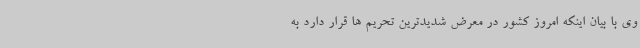
وی با بیان اینکه امروز کشور در معرض شدیدترین تحریم ها قرار دارد به